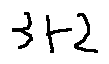
3 + 2